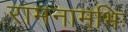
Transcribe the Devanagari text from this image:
रामनामभिः